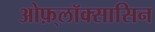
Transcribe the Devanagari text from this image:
ओफ़्लॉक्सासिन